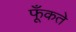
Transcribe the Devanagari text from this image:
फूँकते